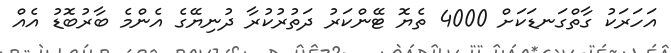
އަހަރަކު ގާތްގަނޑަކަށް 4000 ތެޔޮ ޓޭންކަރު ދަތުރުކުރާ ދުނިޔޭގެ އެންމެ ބާރުބޮޑު އެއް